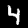
Label: 4